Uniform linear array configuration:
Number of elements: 4
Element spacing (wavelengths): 0.5
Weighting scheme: hamming
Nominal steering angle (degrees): -15
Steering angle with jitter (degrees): -14.875
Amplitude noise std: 0.05
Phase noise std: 0.05

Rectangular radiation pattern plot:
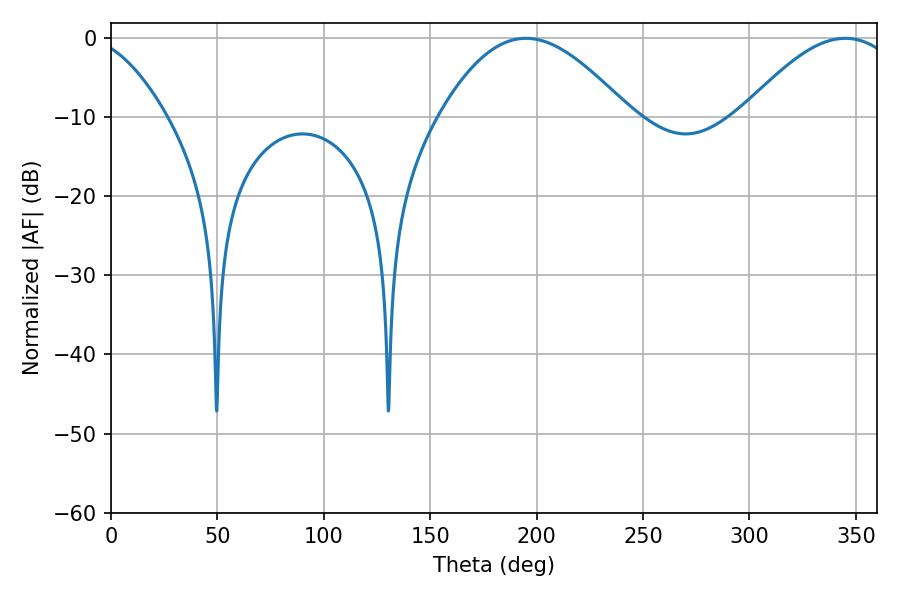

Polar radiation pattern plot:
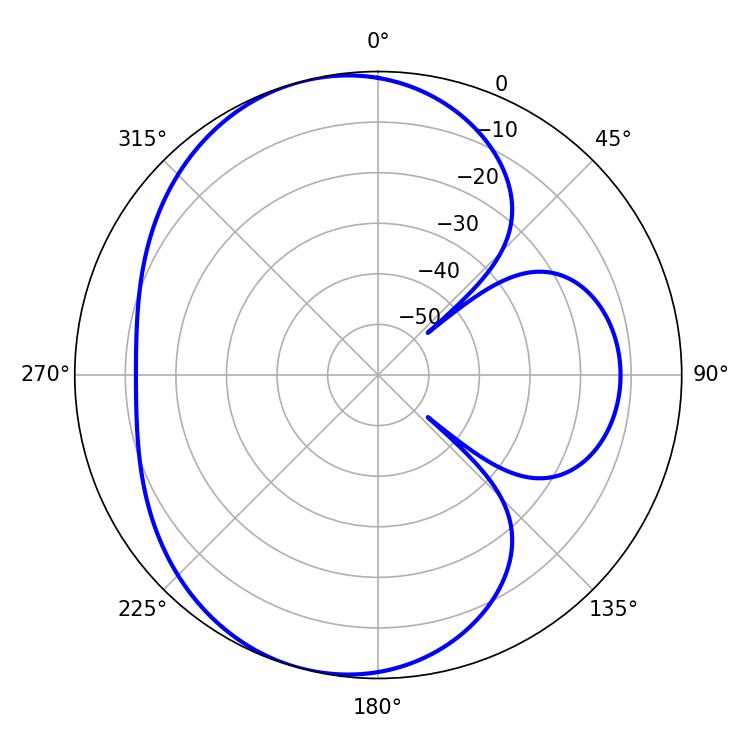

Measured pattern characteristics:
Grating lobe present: FALSE
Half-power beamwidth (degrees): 48.24
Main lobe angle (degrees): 194.94